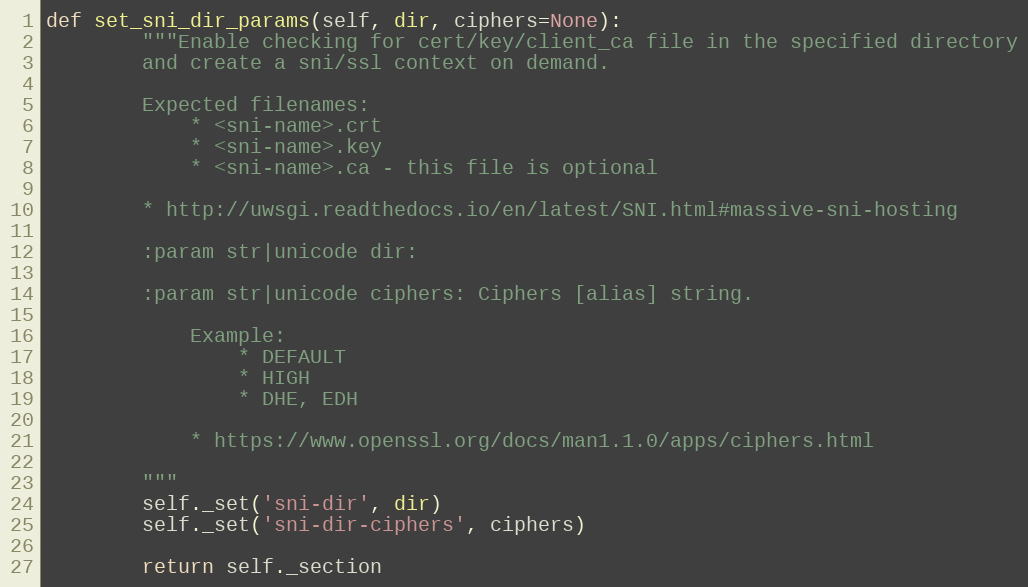
Language: Python
def set_sni_dir_params(self, dir, ciphers=None):
        """Enable checking for cert/key/client_ca file in the specified directory
        and create a sni/ssl context on demand.

        Expected filenames:
            * <sni-name>.crt
            * <sni-name>.key
            * <sni-name>.ca - this file is optional

        * http://uwsgi.readthedocs.io/en/latest/SNI.html#massive-sni-hosting

        :param str|unicode dir:

        :param str|unicode ciphers: Ciphers [alias] string.

            Example:
                * DEFAULT
                * HIGH
                * DHE, EDH

            * https://www.openssl.org/docs/man1.1.0/apps/ciphers.html

        """
        self._set('sni-dir', dir)
        self._set('sni-dir-ciphers', ciphers)

        return self._section